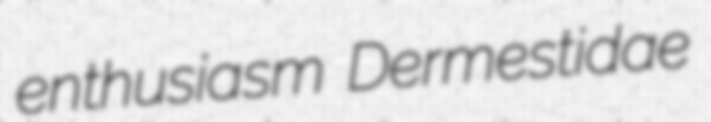
enthusiasm Dermestidae